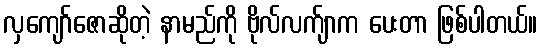
လှကျော်ဇောဆိုတဲ့ နာမည်ကို ဗိုလ်လက်ျာက ပေးတာ ဖြစ်ပါတယ်။